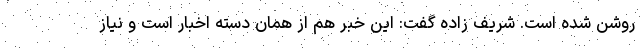
روشن شده است. شریف زاده گفت: این خبر هم از همان دسته اخبار است و نیاز